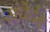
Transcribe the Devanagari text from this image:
संवेर्दम